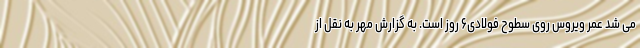
می شد عمر ویروس روی سطوح فولادی۶ روز است. به گزارش مهر به نقل از